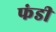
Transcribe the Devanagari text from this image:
फंडी